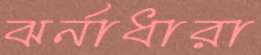
ঝর্নাধারা